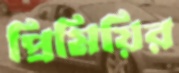
প্রিমিয়ির